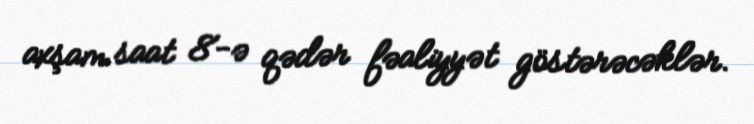
axşam saat 8-ə qədər fəaliyyət göstərəcəklər.